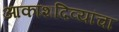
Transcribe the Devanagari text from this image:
आकाशदिव्यांचा